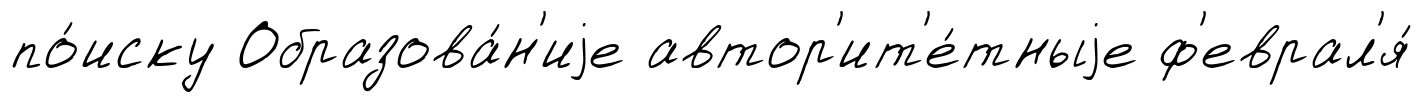
по́иску Образова́н'иjе автор'ит'е́тныjе ф'еврал'я́